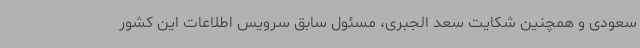
سعودی و همچنین شکایت سعد الجبری، مسئول سابق سرویس اطلاعات این کشور